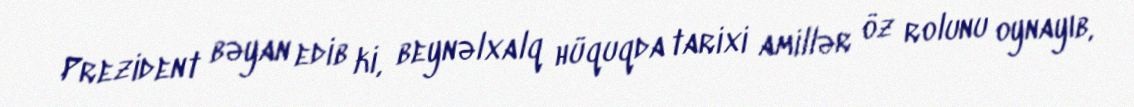
Prezident bəyan edib ki, beynəlxalq hüquqda tarixi amillər öz rolunu oynayıb,